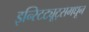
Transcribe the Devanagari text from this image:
इन्स्टिट्यूट्समधून